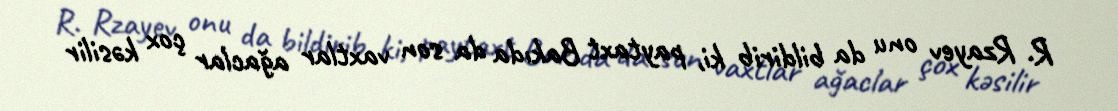
R. Rzayev onu da bildirib ki, paytaxt Bakıda da son vaxtlar ağaclar çox kəsilir